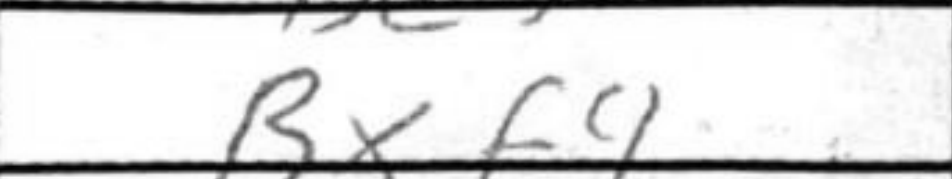
Transcription: Bxf4